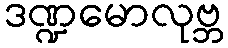
ဒဏ္ဍမောလုဗ္ဘ